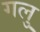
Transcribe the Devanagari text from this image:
गलु